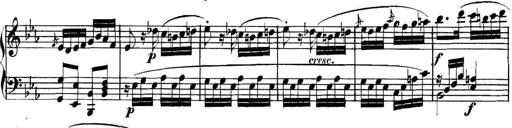
Title: Collected Piano Sonatas
Composer: Muzio Clementi